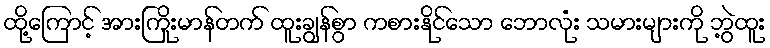
ထို့ကြောင့် အားကြိုးမာန်တက် ထူးချွန်စွာ ကစားနိုင်သော ဘောလုံး သမားများကို ဘွဲ့ထူး